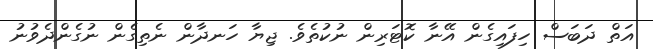
އަތް ދަބަސް ހިފައިގެން އޭނާ ކޮޓަރިން ނުކުތެވެ. ޖިޔާ ހަނދާން ނެތިގެން ނުގެންދެވުނު